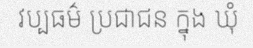
វប្បធម៌ ប្រជាជន ក្នុង ឃុំ